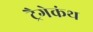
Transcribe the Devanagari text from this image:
ट्रैगेकंथ